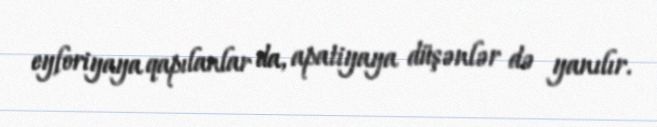
eyforiyaya qapılanlar da, apatiyaya düşənlər də yanılır.